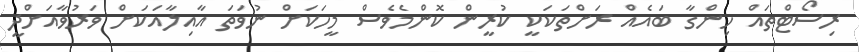
ރިސޯޓްތައް ހިންގާ ބައެއް ރަށްތަކަކީ ކުރީން ކޮންމެވެސް މީހަކަށް ނުވަތަ އާއިލާއަކަށް ވަރުވާއަށްދީ